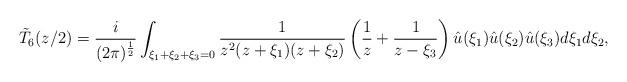
LaTeX: \begin{align*} \tilde T_6(z/2) = \frac{i}{(2\pi)^{\frac12}} \int_{\xi_1+\xi_2+\xi_3=0} \frac{1}{z^2(z+\xi_1)(z+\xi_2)}\left(\frac{1}{z} +\frac{1}{z-\xi_3}\right) \hat u(\xi_1) \hat u(\xi_2) \hat u(\xi_3) d\xi_1d\xi_2, \end{align*}